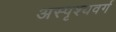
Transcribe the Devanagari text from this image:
अस्पृश्यवर्ग